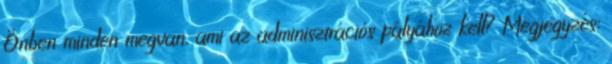
Önben minden megvan, ami az adminisztrációs pályához kell? Megjegyzés: